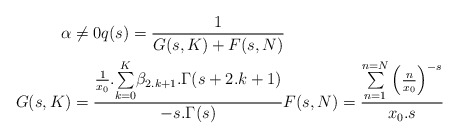
\begin{align*}\alpha &\neq 0 q(s)=\frac{1}{G(s,K)+F(s,N)} \\G(s,K)&=\frac{\frac{1}{x_0}.\underset{k=0}{\overset{K}{\sum }}\beta _{2.k+1}.\Gamma (s+2.k+1)}{-s.\Gamma (s)} F(s,N)=\frac{\underset{n=1}{\overset{n=N}{\sum }}\left(\frac{n}{x_0}\right)^{-s}}{x_0.s}\end{align*}